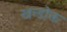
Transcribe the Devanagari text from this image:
खन्डोक्त